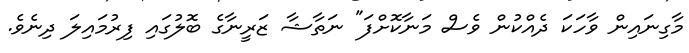
މާގިނައިން ވާހަކަ ދެއްކުން ވެސް މަނާކޮށްފަ" ނަތާޝާ ޒަރީނާގެ ބޮލުގައި ފިރުމައިލަ ދިނެވެ.